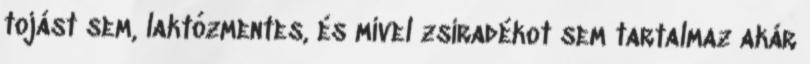
tojást sem, laktózmentes, és mivel zsiradékot sem tartalmaz akár